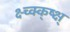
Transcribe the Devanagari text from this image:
क्ष्च्क्क्ष्क्ष्